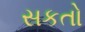
સકતો